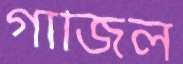
গাঁজিল